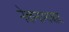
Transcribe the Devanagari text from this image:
नेकनामाबाद